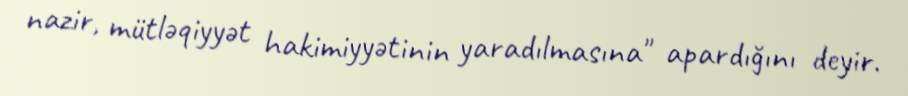
nazir, mütləqiyyət hakimiyyətinin yaradılmasına" apardığını deyir.